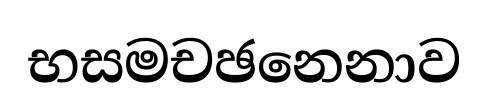
භසමචඡනෙනාව